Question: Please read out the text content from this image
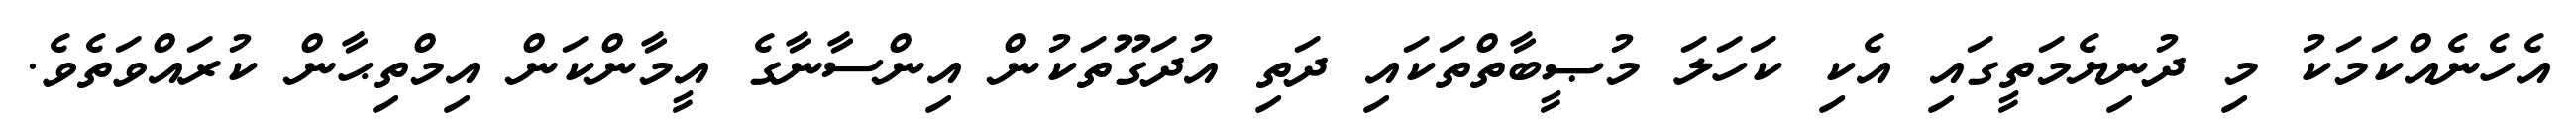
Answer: އެހެނެއްކަމަކު މި ދުނިޔެމަތީގައި އެކި ކަހަލަ މުޞީބާތްތަކައި ދަތި އުދަގޫތަކުން އިންސާނާގެ އީމާންކަން އިމްތިޙާން ކުރައްވަތެވެ.